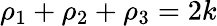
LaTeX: \rho_{1}+\rho_{2}+\rho_{3}=2k